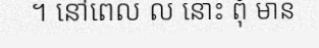
។ នៅពេល ល នោះ ពុំ មាន